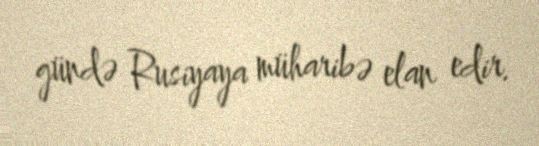
gündə Rusiyaya müharibə elan edir.